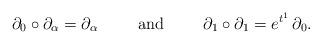
LaTeX: \begin{align*}\partial_0 \circ \partial_\alpha = \partial_\alpha \hspace{1cm} \mbox{and} \hspace{1cm} \partial_1 \circ \partial_1 = e^{t^1} \, \partial_0.\end{align*}